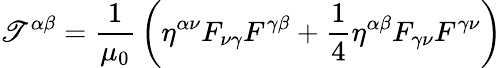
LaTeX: \mathscr{T}^{\alpha\beta}={\frac{{1}}{{\mu_{0}}}}\left(\eta^{\alpha\nu}F_{\nu\gamma}F^{\gamma\beta}+{\frac{{1}}{{4}}}\eta^{\alpha\beta}F_{\gamma\nu}F^{\gamma\nu}\right)